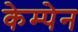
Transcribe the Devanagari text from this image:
केम्पेन